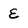
Character: E